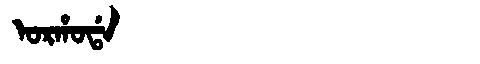
Manchu: ᠣᡵᡥᠣᡩᠠ
Romanization: ORHODA